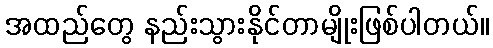
အထည်တွေ နည်းသွားနိုင်တာမျိုးဖြစ်ပါတယ်။